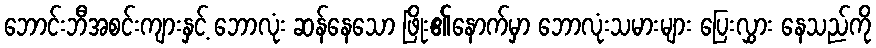
ဘောင်းဘီအစင်းကျားနှင့် ဘောလုံး ဆန်နေသော ဖြိုး၏နောက်မှာ ဘောလုံးသမားများ ပြေးလွှား နေသည်ကို